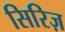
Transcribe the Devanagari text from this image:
सिरिज़